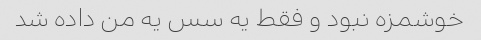
خوشمزه نبود و فقط یه سس یه من داده شد